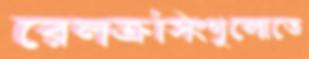
রেলক্রসিংগুলোতে